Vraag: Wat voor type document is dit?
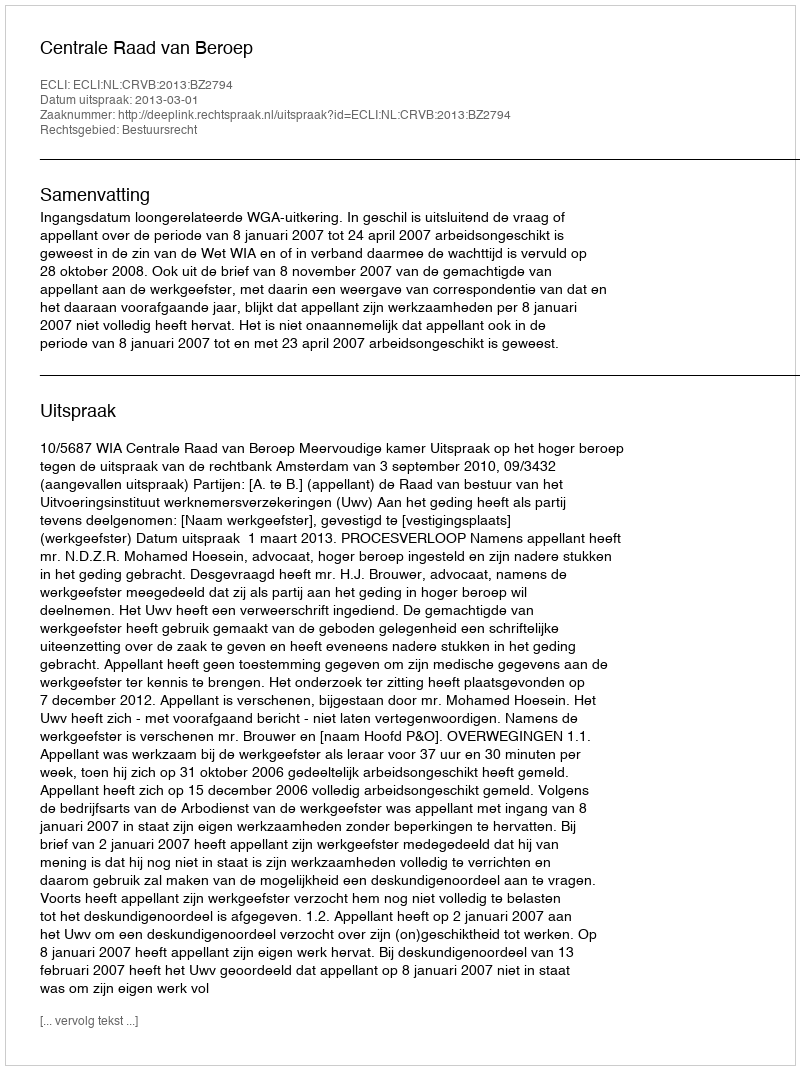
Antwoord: Uitspraak